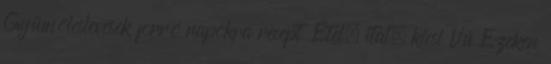
Gyümölcslevesek forró napokra recept Étel, ital, kicsi Vú Ezeken